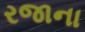
રજાના